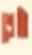
শ্রেষ্ঠা